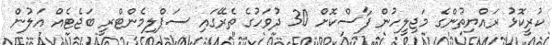
ކުރީކޮޅު ރައްޔިތުންގެ މަޖިލީހުން ފާސްކޮށް 30 ދުވަހުގެ ތެރޭގައި ސަޕްލިމެންޓްރީ ބަޖެޓެއް އަލުން